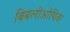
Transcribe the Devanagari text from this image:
बिबलीओथिक